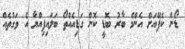
ޑޯން ކެފޭއަށް އެންމެ ބާރު ބޮޑީ ކޮން ގަޑިއެއްތޯ ބަލައިފިއްޔާ އެ ވަގުތެއް